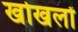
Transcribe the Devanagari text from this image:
खोखलों